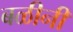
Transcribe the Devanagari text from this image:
बळीनी